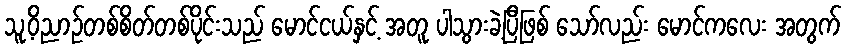
သူ့ဝိညာဉ်တစ်စိတ်တစ်ပိုင်းသည် မောင်ငယ်နှင့် အတူ ပါသွားခဲ့ပြီဖြစ် သော်လည်း မောင်ကလေး အတွက်